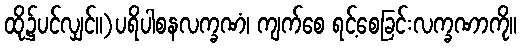
ထို၌ပင်လျှင်။)ပရိပါစနလက္ခဏံ၊ ကျက်စေ ရင့်စေခြင်းလက္ခဏာကို။